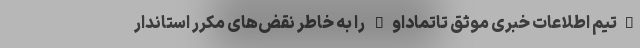
"تیم اطلاعات خبری موثق تاتماداو" را به خاطر نقض‌های مکرر استاندار